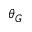
\theta _ { G }